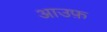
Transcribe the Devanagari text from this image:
आउफ़